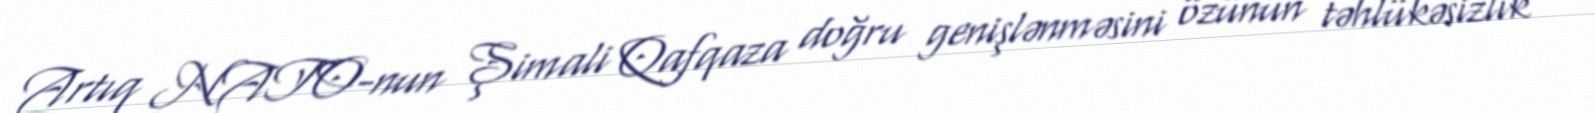
Artıq NATO-nun Şimali Qafqaza doğru genişlənməsini özünün təhlükəsizlik